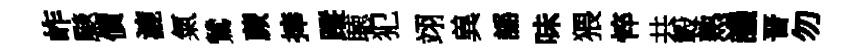
岞颷價漉氣鷥蕨捧蹤聴犯翊兾謡味猥悴共轂熟譏晋勿